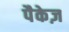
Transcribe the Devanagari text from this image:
पैकेज़